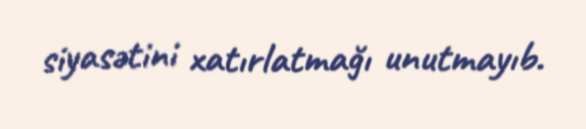
siyasətini xatırlatmağı unutmayıb.